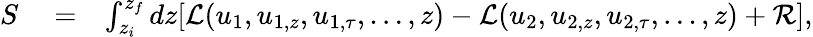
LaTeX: \begin{array}{rlr}{S}&{{}=}&{\int_{z_{i}}^{z_{f}}dz[\mathcal{L}(u_{1},u_{1,z},u_{1,\tau},\ldots,z)-\mathcal{L}(u_{2},u_{2,z},u_{2,\tau},\ldots,z)+\mathcal{R}],}\end{array}